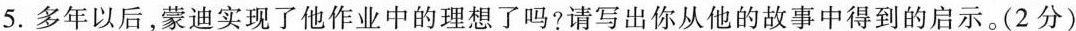
5.多年以后，蒙迪实现了他作业中的理想了吗?请写出你从他的故事中得到的启示。(2分)